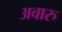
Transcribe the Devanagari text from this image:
अवारु